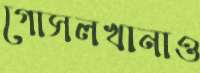
গোসলখানাও